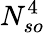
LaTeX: N_{so}^{4}